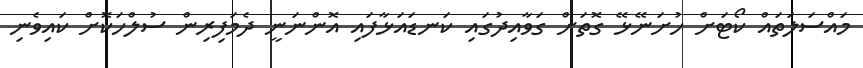
މައްސަލަތައް ކޯޓަށް ހުށަނޭޅޭ ގޮތަށް ގަވާއިދުގައި ކަނޑައަޅާފައި އޮންނަނީ ދެމަފިރިން ސުލްހަކޮށް ކައިވެނި